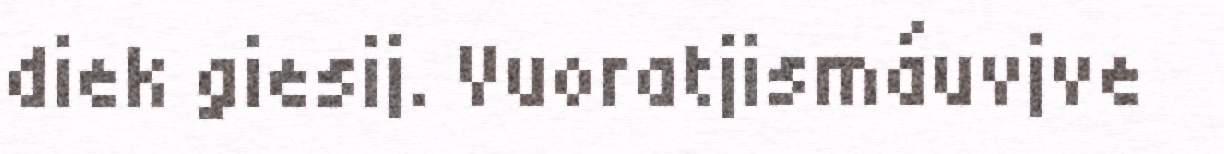
diek giesij. Vuoratjismáuvjve